Sanitation, dispensaries and jails vaccination Rajputana 1922-1927 - 1922-1927
Year: 1922
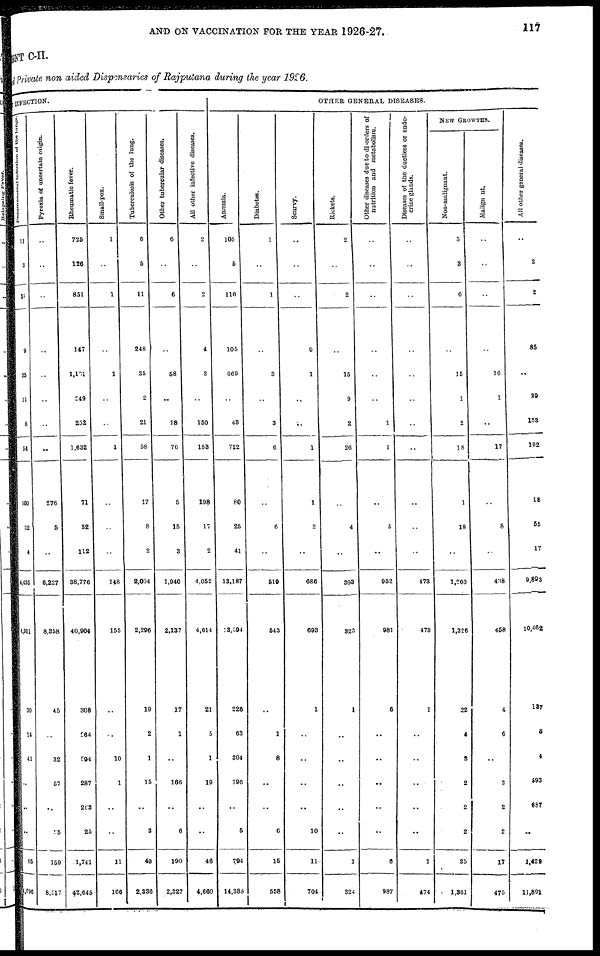
AND ON VACCINATION FOR THE YEAR 1926-27.
117
MENT C-II.
Private non aided Dispensaries of Rajputana during the year 1926.
INFECTION.
Pneumococcal infection of the lungus.
11
3
14
9
35
11
8
54
100
32
4
4,435
4,911
30
14
41
..
..
..
85
4,996
Pyrexia of uncertain origin.
..
..
..
..
..
..
..
..
276
5
..
6,227
8,358
45
..
32
57
..
95
159
8,517
Rheumatic fever.
725
126
851
147
1,101
249
252
1,632
71
32
112
38,776
40,904
308
264
594
287
203
25
1,741
42,645
Small-pox.
1
..
1
..
1
..
..
1
..
..
..
148
155
..
..
10
1
..
..
11
166
Tuberculosis of the lung.
6
5
11
248
35
2
21
58
17
8
2
2,004
2,296
19
2
1
15
..
3
40
2,336
Other tubercular diseases.
6
..
6
..
58
..
18
76
5
15
3
1,940
2,137
17
1
..
166
..
6
190
2,327
All other infective diseases.
2
..
2
4
3
..
150
153
198
17
2
4,052
4,614
21
5
1
19
..
..
46
4,660
OTHER GENERAL DISEASES.
Anœmia.
105
5
110
105
669
..
43
712
80
25
41
13,187
18,594
226
63
304
196
..
5
794
14,388
Diabetes.
1
..
1
..
3
..
3
6
..
6
..
519
543
..
1
8
..
..
6
15
558
Scurvy.
..
..
..
9
1
..
..
1
1
2
..
686
693
1
..
..
..
..
10
11
704
Rickets.
2
..
2
..
15
9
2
26
..
4
..
303
323
1
..
..
..
..
..
1
324
Other diseases due to disorders of
nutrition and metabolism.
..
..
..
..
..
..
1
1
..
5
..
952
981
6
..
..
..
..
..
6
987
Diseases of the ductless or endo-
crine glands.
..
..
..
..
..
..
..
..
..
..
..
473
473
1
..
..
..
..
..
1
474
NEW GROWTHS.
Non-malignant.
3
3
6
..
15
1
2
18
1
18
..
1,203
1,326
22
4
3
2
2
2
35
1,361
Malignant.
..
..
..
..
16
1
..
17
..
8
..
438
458
4
6
..
3
2
2
17
475
All other general diseases.
..
2
2
85
..
39
153
192
15
55
17
9,893
10,462
137
8
4
593
687
..
1,429
11,891